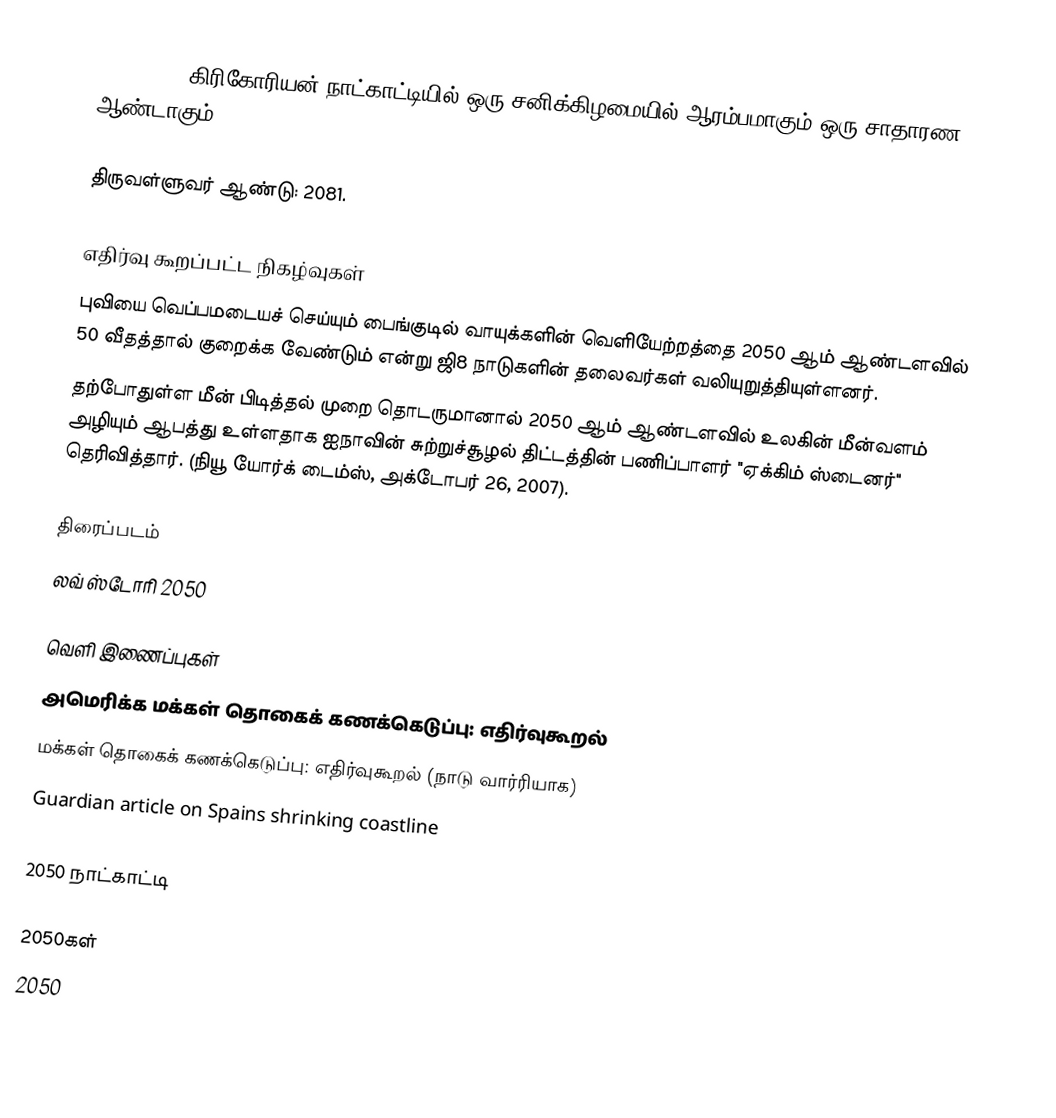
2050 (MML) கிரிகோரியன் நாட்காட்டியில் ஒரு சனிக்கிழமையில் ஆரம்பமாகும் ஒரு சாதாரண ஆண்டாகும்.

திருவள்ளுவர் ஆண்டு: 2081.

எதிர்வு கூறப்பட்ட நிகழ்வுகள்
 புவியை வெப்பமடையச் செய்யும் பைங்குடில் வாயுக்களின் வெளியேற்றத்தை 2050 ஆம் ஆண்டளவில் 50 வீதத்தால் குறைக்க வேண்டும் என்று ஜி8 நாடுகளின் தலைவர்கள் வலியுறுத்தியுள்ளனர்.
 தற்போதுள்ள மீன் பிடித்தல் முறை தொடருமானால் 2050 ஆம் ஆண்டளவில் உலகின் மீன்வளம் அழியும் ஆபத்து உள்ளதாக ஐநாவின் சுற்றுச்சூழல் திட்டத்தின் பணிப்பாளர் "ஏக்கிம் ஸ்டைனர்" தெரிவித்தார். (நியூ யோர்க் டைம்ஸ், அக்டோபர் 26, 2007).

திரைப்படம்
 லவ் ஸ்டோரி 2050

வெளி இணைப்புகள்
 அமெரிக்க மக்கள் தொகைக் கணக்கெடுப்பு: எதிர்வுகூறல்
 மக்கள் தொகைக் கணக்கெடுப்பு: எதிர்வுகூறல் (நாடு வார்ரியாக)
 Guardian article on Spains shrinking coastline

2050 நாட்காட்டி

2050கள்
2050